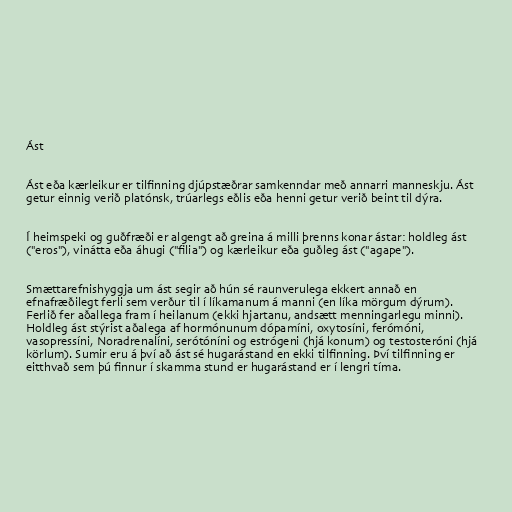
Ást

Ást eða kærleikur er tilfinning djúpstæðrar samkenndar með annarri manneskju. Ást
getur einnig verið platónsk, trúarlegs eðlis eða henni getur verið beint til dýra.

Í heimspeki og guðfræði er algengt að greina á milli þrenns konar ástar: holdleg ást
("eros"), vinátta eða áhugi ("filia") og kærleikur eða guðleg ást ("agape").

Smættarefnishyggja um ást segir að hún sé raunverulega ekkert annað en
efnafræðilegt ferli sem verður til í líkamanum á manni (en líka mörgum dýrum).
Ferlið fer aðallega fram í heilanum (ekki hjartanu, andsætt menningarlegu minni).
Holdleg ást stýrist aðalega af hormónunum dópamíni, oxytosíni, ferómóni,
vasopressíni, Noradrenalíni, serótóníni og estrógeni (hjá konum) og testosteróni (hjá
körlum). Sumir eru á því að ást sé hugarástand en ekki tilfinning. Því tilfinning er
eitthvað sem þú finnur í skamma stund er hugarástand er í lengri tíma.